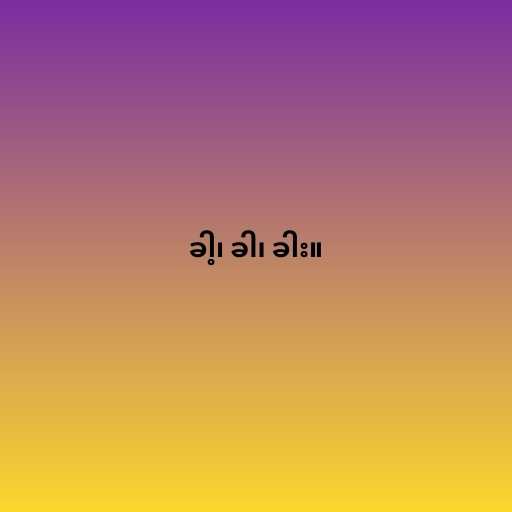
ခါ့၊ ခါ၊ ခါး။